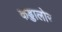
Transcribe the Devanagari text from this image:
कड्डालोर